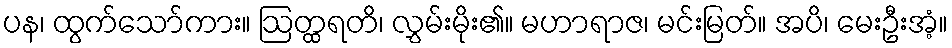
ပန၊ ထွက်သော်ကား။ ဩတ္ထရတိ၊ လွှမ်းမိုး၏။ မဟာရာဇ၊ မင်းမြတ်။ အပိ၊ မေးဦးအံ့။